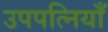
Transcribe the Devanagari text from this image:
उपपत्नियाँ